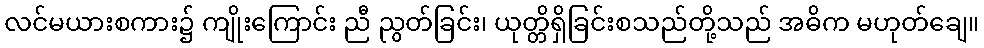
လင်မယားစကား၌ ကျိုးကြောင်း ညီ ညွတ်ခြင်း၊ ယုတ္တိရှိခြင်းစသည်တို့သည် အဓိက မဟုတ်ချေ။